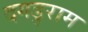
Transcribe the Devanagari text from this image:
दगडुराम